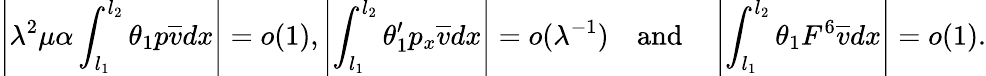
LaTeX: \left|{\lambda}^{2}\mu\alpha\int_{l_{1}}^{l_{2}}\theta_{1}p\overline{{v}}dx\right|=o(1),\left|\int_{l_{1}}^{l_{2}}\theta_{1}^{\prime}p_{x}\overline{{v}}dx\right|=o({\lambda}^{-1})\quad\mathrm{and}\quad\left|\int_{l_{1}}^{l_{2}}\theta_{1}F^{6}\overline{{v}}dx\right|=o(1).